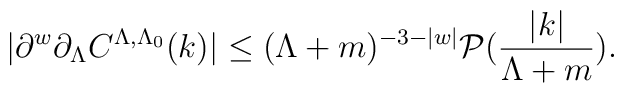
|\partial ^w \partial _{\Lambda} C^{\Lambda,\Lambda_0}(k)| \le (\Lambda +m)^{-3-|w|}    \mathcal{P} \bigl( \frac{|k|}{\Lambda+m} \bigr)  .